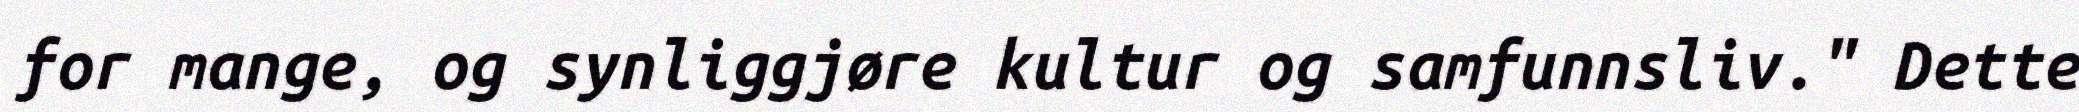
for mange, og synliggjøre kultur og samfunnsliv." Dette